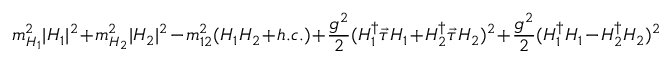
m _ { H _ { 1 } } ^ { 2 } | H _ { 1 } | ^ { 2 } + m _ { H _ { 2 } } ^ { 2 } | H _ { 2 } | ^ { 2 } - m _ { 1 2 } ^ { 2 } ( H _ { 1 } H _ { 2 } + h . c . ) + \frac { g ^ { 2 } } { 2 } ( H _ { 1 } ^ { \dagger } \vec { \tau } H _ { 1 } + H _ { 2 } ^ { \dagger } \vec { \tau } H _ { 2 } ) ^ { 2 } + \frac { g ^ { 2 } } { 2 } ( H _ { 1 } ^ { \dagger } H _ { 1 } - H _ { 2 } ^ { \dagger } H _ { 2 } ) ^ { 2 }